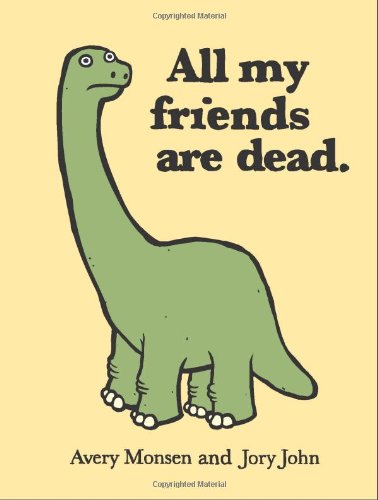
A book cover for All My Friends Are Dead; Avery Monsen; Comics & Graphic Novels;